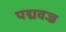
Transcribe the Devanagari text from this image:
पद्मवज्र